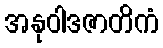
အနုဝါဒဇာတိကံ